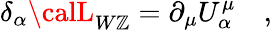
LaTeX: \delta_{\alpha}{\calL}_{W\mathbb{Z}}=\partial_{\mu}U_{\alpha}^{\mu}\quad,